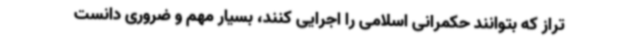
تراز که بتوانند حکمرانی اسلامی را اجرایی کنند، بسیار مهم و ضروری دانست